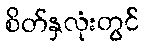
စိတ်နှလုံးတွင်